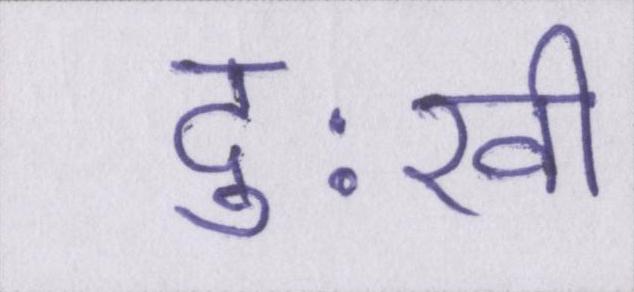
दुःखी